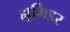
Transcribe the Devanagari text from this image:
ह्यूमिडर